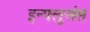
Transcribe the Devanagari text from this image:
इन्फ्लुअंस